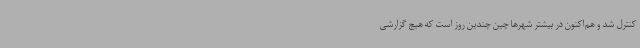
کنترل شد و هم‌اکنون در بیشتر شهرها چین چندین روز است که هیچ گزارشی